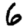
Digit: 6